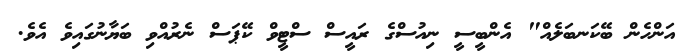
އަންހެން ބޭކަނބަލެއް" އެންބީސީ ނިއުސްގެ ރައީސް ސްޓީވް ކޭޕަސް ނެރުއްވި ބަޔާނުގައިވެ އެވެ.